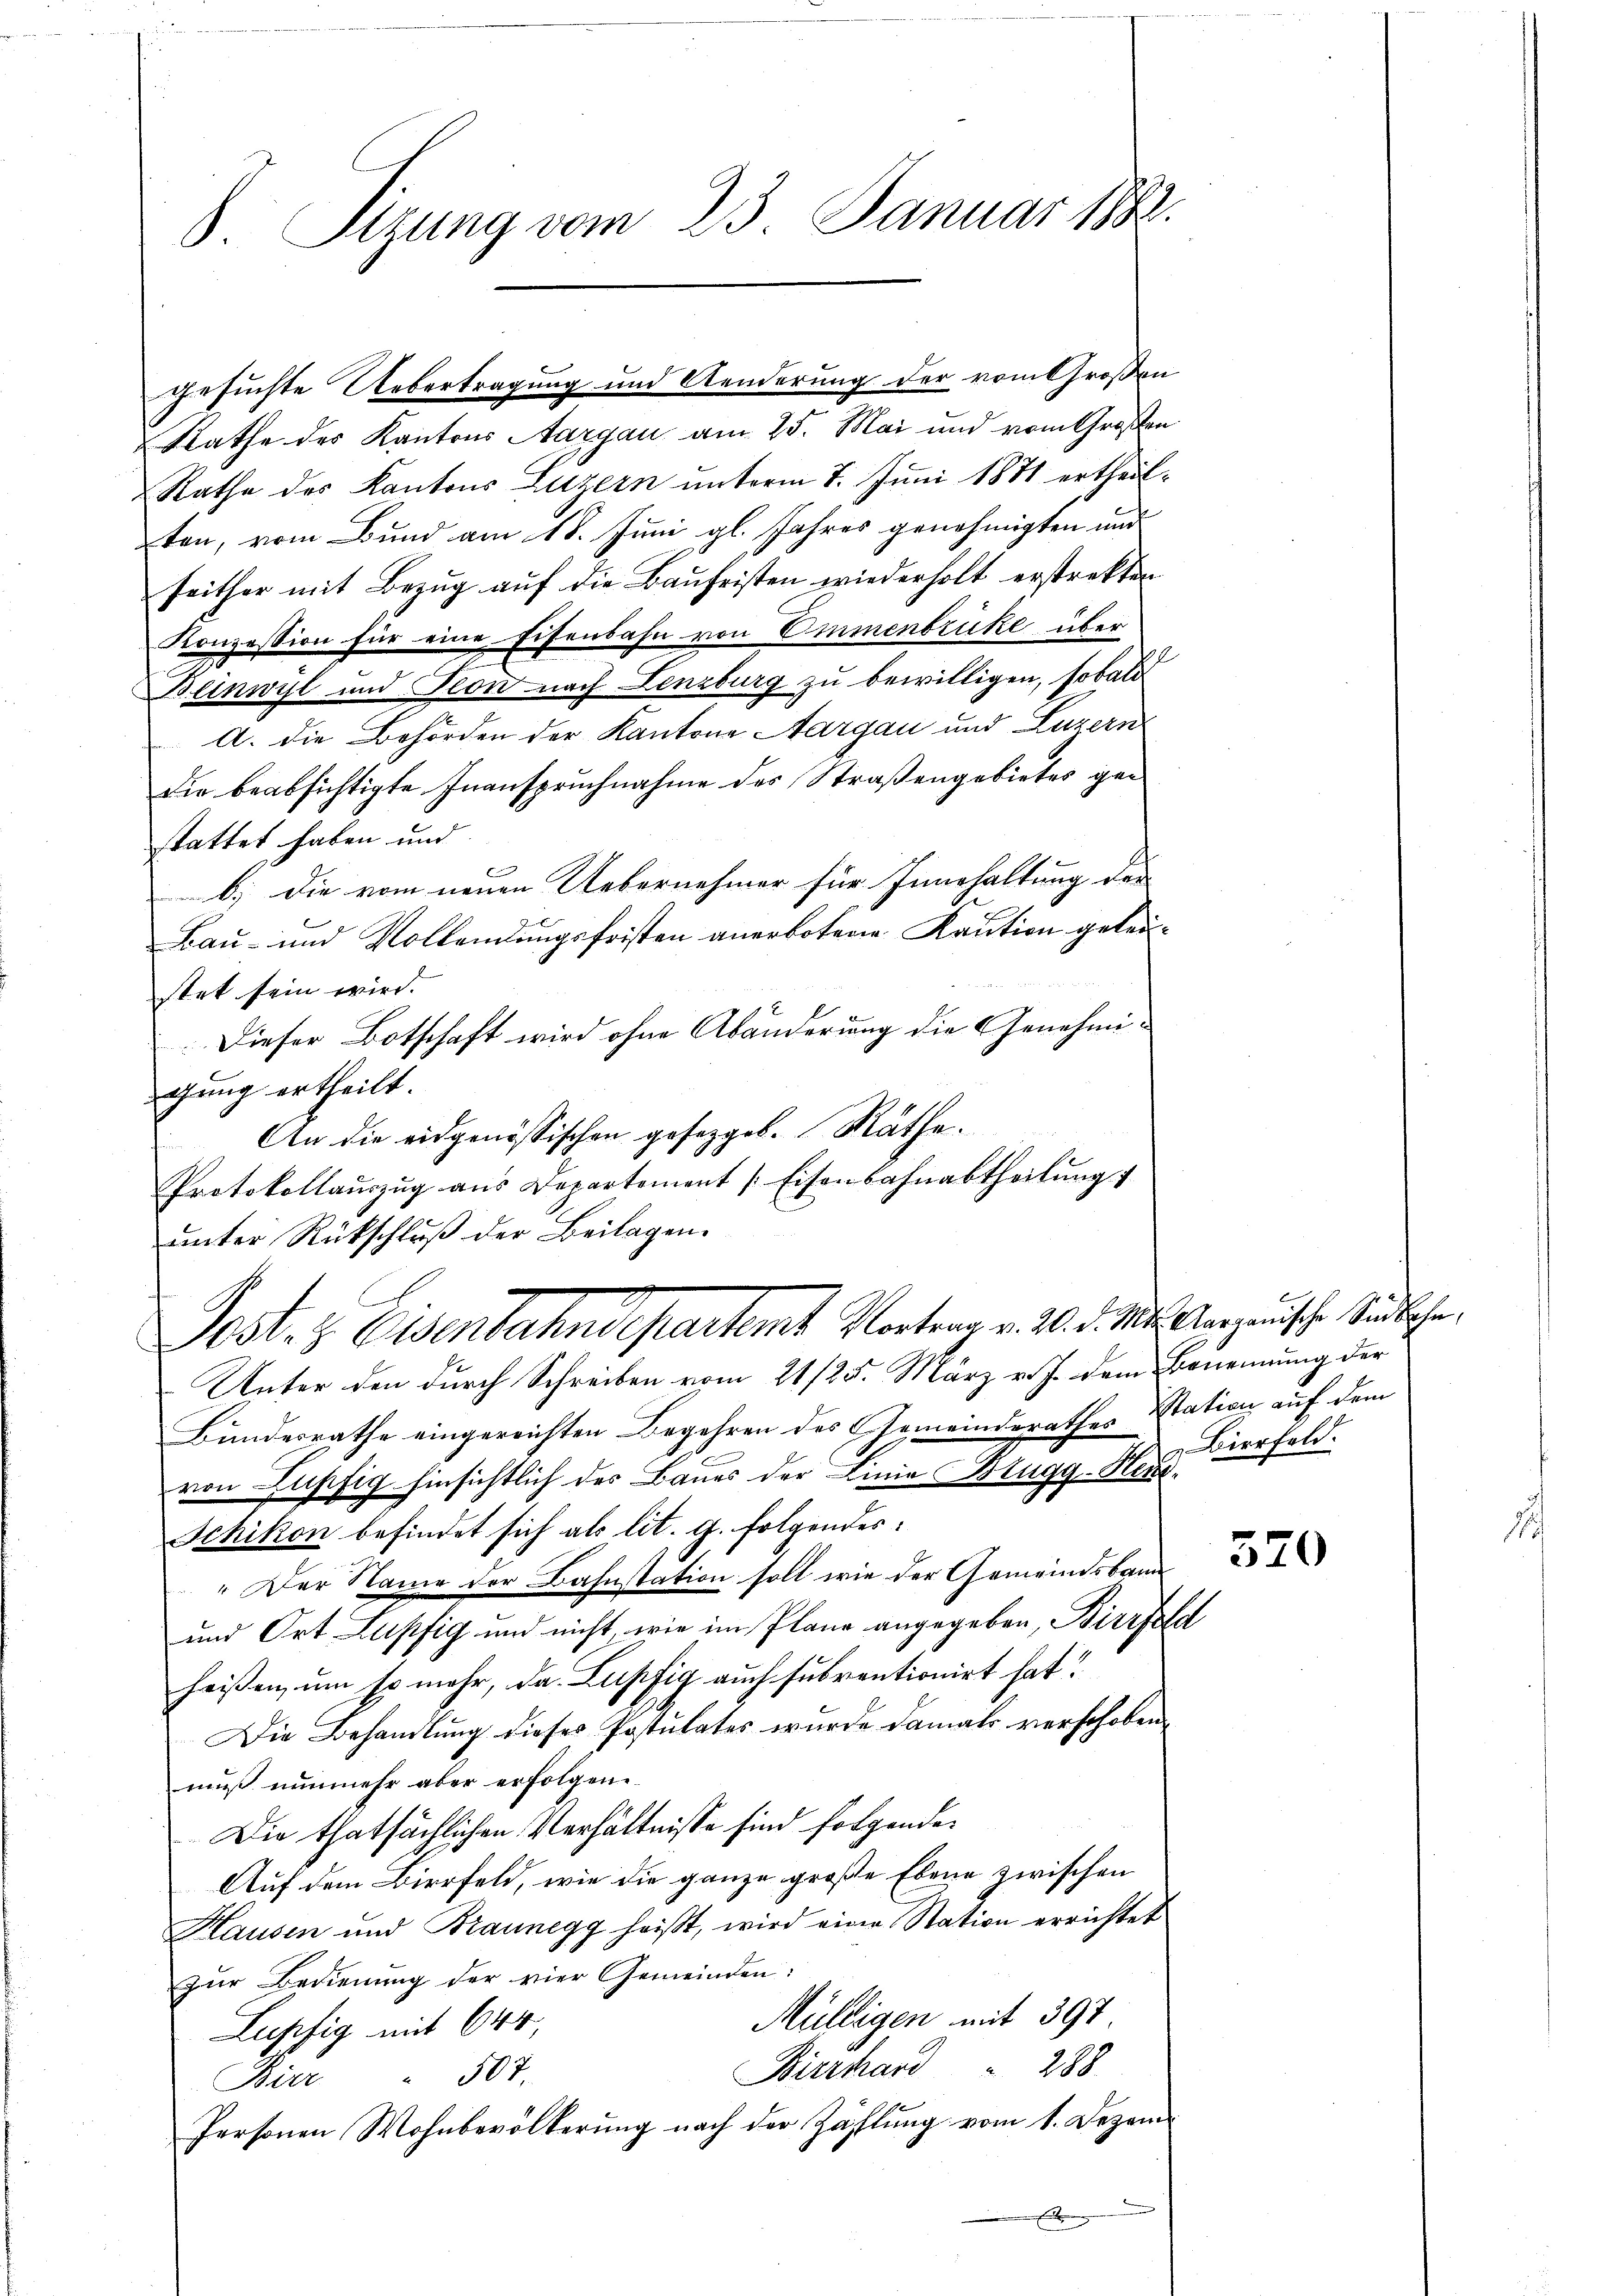
S. Tizung vom 23. Januar 188

Rathe des Kantons Aargau am 25. Mai und vom Großen
Rathe des Kantons Luzern unterm 7. Juni 1871 ertheilten, vom Bund am 18. Juni gl. Jahres genehmigten und
seither mit Bezug auf die Baufristen wiederholt erstrekten
Konzession für eine Eisenbahn von Emmenbrücke über
Beinwyl und Peon nach Lenzburg zu bewilligen, sobald
A. die Behörden der Kantone Aargau und Luzern
die beabsichtigte Inanspruchnahme des Straßengebietes gestattet haben und
b) Die vom neuen Uebernehmer für Innerhaltung der
Bau- und Vollendungsfristen anerbotene Kaution geleistet sein wird.
Dieser Botschaft wird ohne Abänderung die Genehmigung ertheilt.
An die eidgenössischen gesetzgeb. Räthe.
Protokollauszug aus Departement [Eisenbahnabtheilung
unter Rückschluß der Beilagen.
Post z. Eisenbahndepartamt Vortrag v. 26. d. M. Aargauische Stadtbeher
Unter den durch Schreiben vom 21/25. März v. J. dem Benennung der
Bundesrathe eingereichten Begehren des Gemeinderathes Station auf dem
von Lupfig hinsichtlich des Baues der Linie Brugg-Heud¬
Schikon befindet sich als lit. g. folgendes:
" Der Name der Bahnstation soll wie der Gemeindsbann
und Ort Lupfig und nicht, wie im Plane angegeben, Bierfeld
heißen, um so mehr, da Lupfig auch subventionirt hat?
Die Behandlung dieses Postulates wurde damals verschoben.
muß nunmehr aber erfolgen.
Die thatsächlichen Verhältnisse sind folgende
Auf dem Bierfeld, wie die ganze große Ebene zwischen
Hausen und Braunegg heißt, wird eine Station errichtet
zur Bedienung der vier Gemeinden:
Müldigen mit 397.
Lupfig mit 644,
 288.
Bierhard
Bier " 507.
Personen Wohnbevölkerung nach der Zählung vom 1. Dezem¬
.

gesuchte Uebertragung und Aenderung der vom Großen

Bierfeld.

370